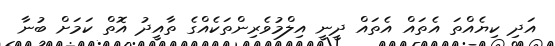
އަދި ކިޔެއްތަ އެތައް އެތައް ދީނީ އިލްމުވެެރިންތަކެއްގެ ތާއީދު އޮތް ކަމަށް ބުނާ